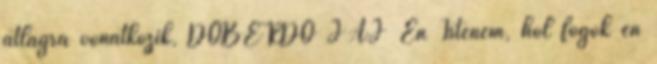
átlagra vonatkozik, DOBERDÓ JAJ Én Istenem, hol fogok én